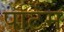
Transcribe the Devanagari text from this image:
पार्टेम